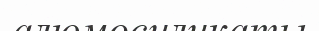
алюмосиликаты